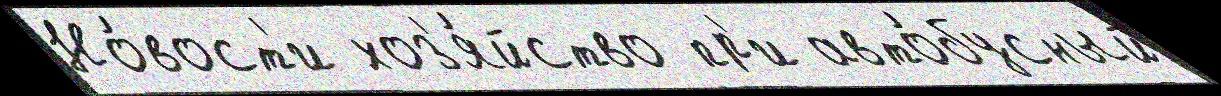
Но́вост'и хоз'я́йство пр'и авто́бусный